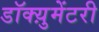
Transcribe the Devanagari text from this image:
डॉक्य़ुमेंटरी